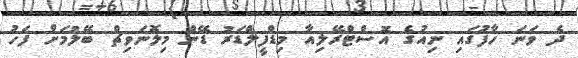
ދެ ވަނަ ހާފުގައި ނިއުގެ އޮސްޓްރޭލިއާ މިޑްފީލްޑަރު ޑޭން މިލޮނަވިޗް ބޭލުމަށް ފަހު